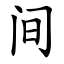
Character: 间